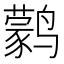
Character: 鹲